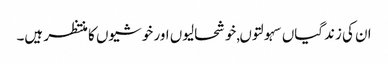
ان کی زندگیاں سہولتوں,خوشحالیوں اور خوشیوں کا منتظر ہیں۔